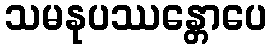
သမနုပဿန္တောပေ